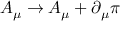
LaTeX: A _ { \mu } \to A _ { \mu } + \partial _ { \mu } \pi